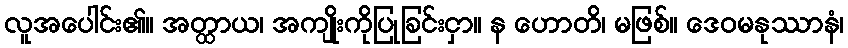
လူအပေါင်း၏။ အတ္ထာယ၊ အကျိုးကိုပြုခြင်းငှာ။ န ဟောတိ၊ မဖြစ်။ ဒေဝမနုဿာနံ၊